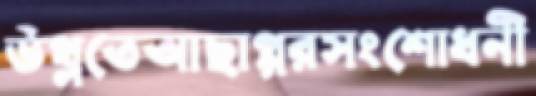
উথ্‌লতেআছাগ্গরসংশোধনী